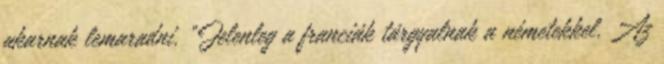
akarnak lemaradni. “Jelenleg a franciák tárgyalnak a németekkel. Az